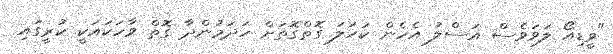
"ވީޑިއޯ ލަވަވެސް އަސްލު އެހެން ކަހަލަ ގޮތްގޮތަށް ހަދަމުންދާ ގޮތް ވާހަކައަކީ ކުރީގައި